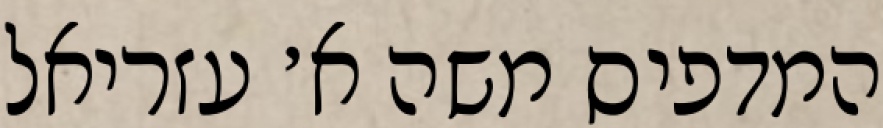
המדפיס משה א׳ עזריאל